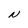
Character: N